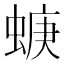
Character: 𧍁